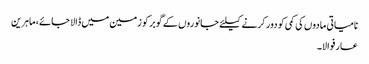
نامیاتی مادوں کی کمی کو دور کرنے کیلئے جانوروں کے گوبر کو زمین میں ڈالا جائے، ماہرین
عارفوالا۔